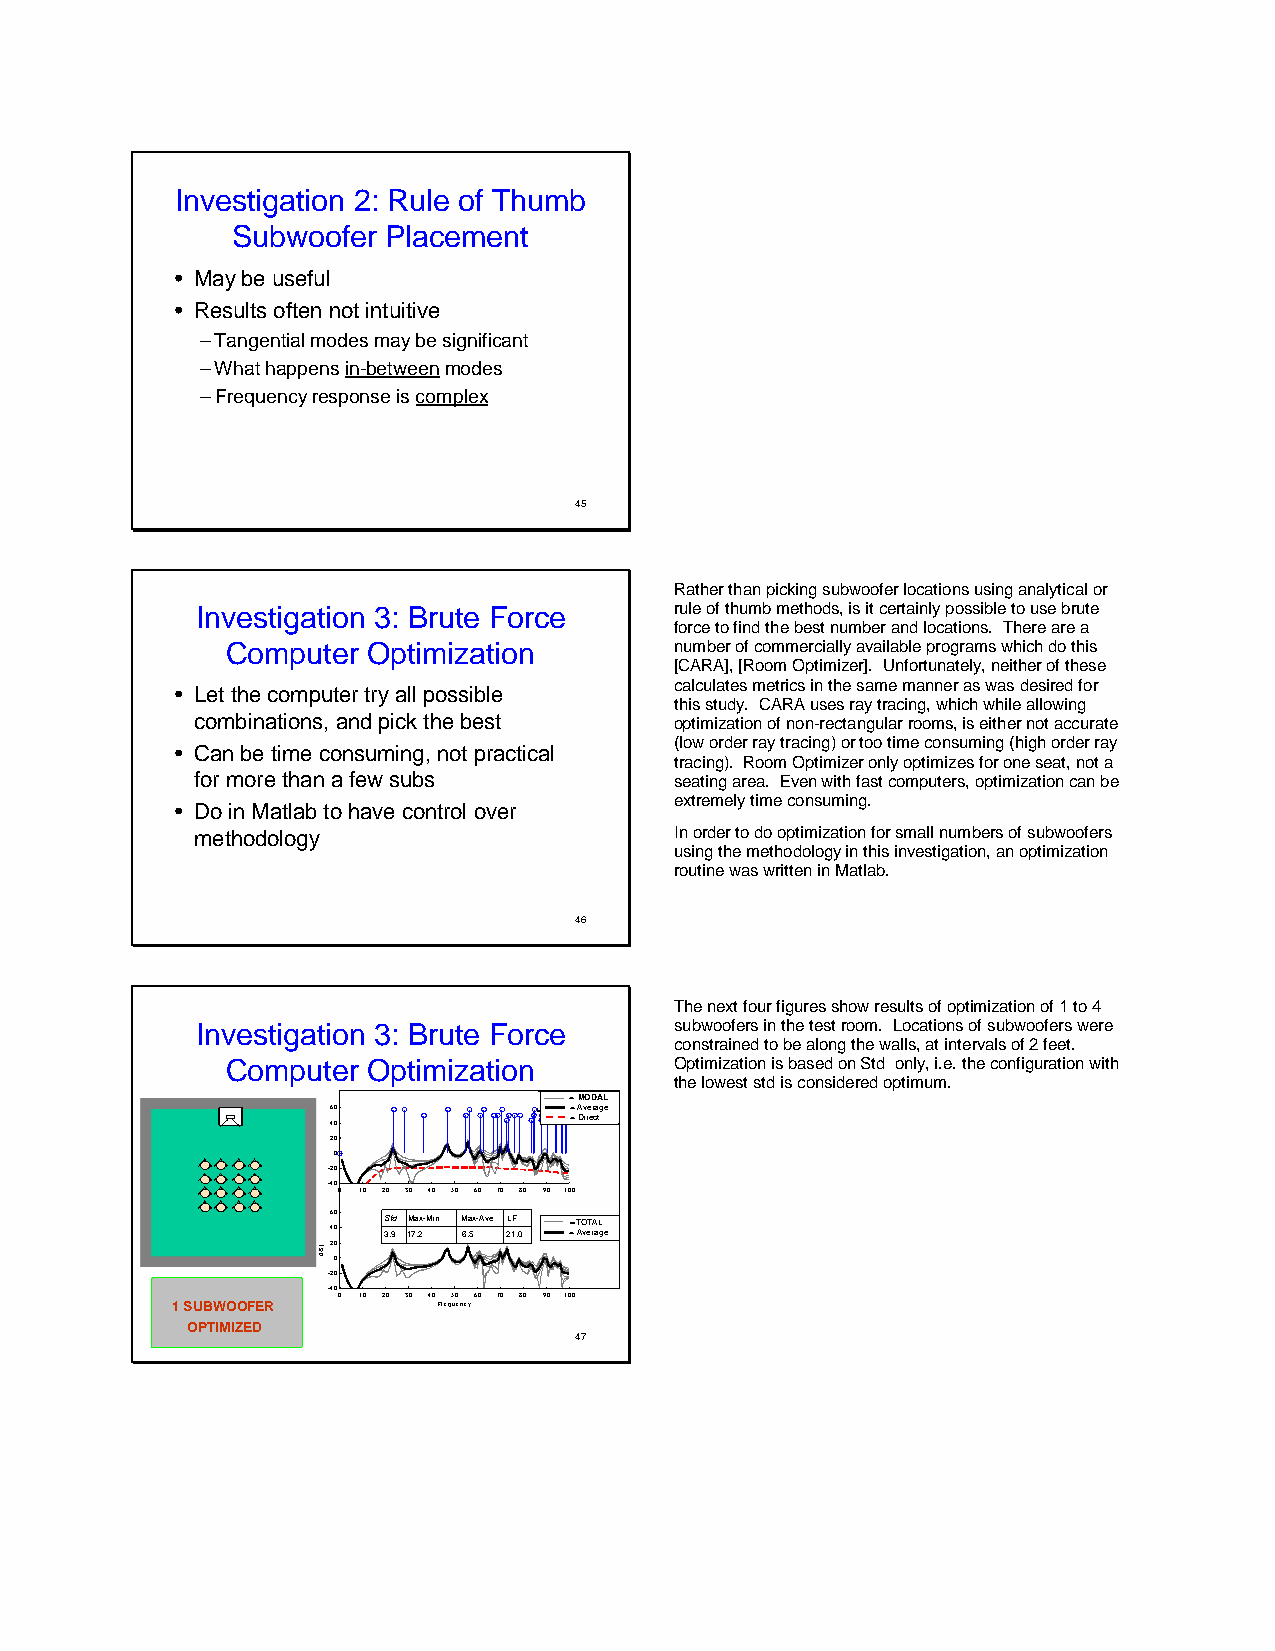
Investigation 2: Rule of Thumb
 Subwoofer  Placement
 • May be useful
 • Results often not intuitive
 –Tangential modes may be significant
 –What happens in-betweenmodes
 –Frequency response is complex
 45
 Rather than picking subwoofer locations using analytical or
 Investigation 3: Brute Force    rule of thumb methods, is it certainly possible to use brute
 force to find the best number and locations. There are a
 Computer Optimization         number of commercially available programs which do this
 [CARA], [Room Optimizer]. Unfortunately, neither of these
 calculates metrics in the same manner as was desired for
 • Let the computer try all possible
 this study. CARA uses ray tracing, which while allowing
 combinations, and pick the best optimization of non-rectangular rooms, is either not accurate
 (low order ray tracing) or too time consuming (high order ray
 • Can be time consuming, not practical
 tracing). Room Optimizer only optimizes for one seat, not a
 for more than a few subs        seating area. Even with fast computers, optimization can be
 extremely time consuming.
 • Do in Matlab to have control over
 methodology                     In order to do optimization for small numbers of subwoofers
 using the methodology in this investigation, an optimization
 routine was written in Matlab.
 46
 The next four figures show results of optimization of 1 to 4
 Investigation 3: Brute Force    subwoofers in the test room. Locations of subwoofers were
 constrained to be along the walls, at intervals of 2 feet.
 Computer Optimization         Optimization is based on Std only, i.e. the configuration with
 the lowest std is considered optimum.
 60
 M Dio red= =ca tl AM vO eD raA gL
 e
 40              = Direct
 20
 0
 -20
 -400 10 20 30 40 50 60 70 80 90 100
 246 000 S 3.t 9d 1M 7a .2x - M i n M 6.a 5x - A v e 2L 1F
 .0
 To ==ta lT AO veT rA aL
 ge
 0
 -20
 1 SUBWOOFER
 -40
 0 10 20 30 40 Freq5 u0
 e ncy
 60 70 80 90 100
 OPTIMIZED
 47
 ]Bd[